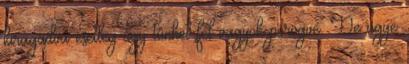
kiragadva esetleg úgy tûnhet fel vagyok pörögve. De ugye